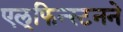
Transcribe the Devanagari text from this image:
एल्‌फिन्स्टनने